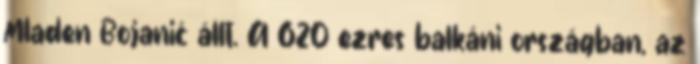
Mladen Bojanić állt. A 620 ezres balkáni országban, az